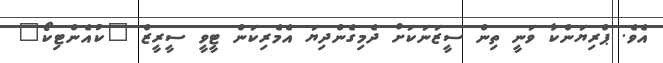
އެވެ. ޕްރިޔަންކާ ވަނީ ތިން ސީޒަނަކަށް ދެމިގެންދިޔަ އެމެރިކަން ޓީވީ ސީރީޒް "ކުއެންޓިކޯ"